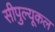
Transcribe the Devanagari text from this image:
सीपुल्यूकल